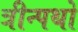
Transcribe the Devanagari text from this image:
त्रीन्पथो